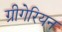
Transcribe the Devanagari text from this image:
ग्रीगेरियन